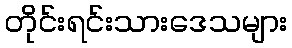
တိုင်းရင်းသားဒေသများ